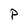
Character: P